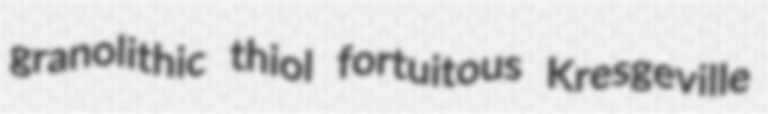
granolithic thiol fortuitous Kresgeville